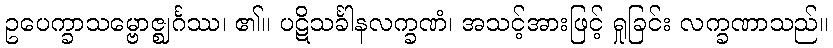
ဥပေက္ခာသမ္ဗောဇ္ဈင်္ဂဿ၊ ၏။ ပဋိသင်္ခါနလက္ခဏံ၊ အသင့်အားဖြင့် ရှုခြင်း လက္ခဏာသည်။